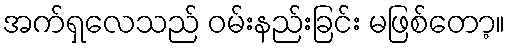
အက်ရှလေသည် ဝမ်းနည်းခြင်း မဖြစ်တော့။